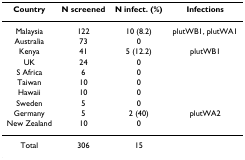
<table><thead><tr><td><b>Country</b></td><td><b>N screened</b></td><td><b>N infect. (%)</b></td><td><b>Infections</b></td></tr></thead><tbody><tr><td>Malaysia</td><td>122</td><td>10 (8.2)</td><td>plutWB1, plutWA1</td></tr><tr><td>Australia</td><td>73</td><td>0</td><td></td></tr><tr><td>Kenya</td><td>41</td><td>5 (12.2)</td><td>plutWB1</td></tr><tr><td>UK</td><td>24</td><td>0</td><td></td></tr><tr><td>S Africa</td><td>6</td><td>0</td><td></td></tr><tr><td>Taiwan</td><td>10</td><td>0</td><td></td></tr><tr><td>Hawaii</td><td>10</td><td>0</td><td></td></tr><tr><td>Sweden</td><td>5</td><td>0</td><td></td></tr><tr><td>Germany</td><td>5</td><td>2 (40)</td><td>plutWA2</td></tr><tr><td>New Zealand</td><td>10</td><td>0</td><td></td></tr><tr><td>Total</td><td>306</td><td>15</td><td></td></tr></tbody></table>